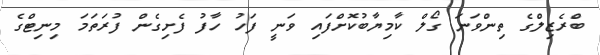
ބްރެޒިލްގެ ތިންވަނަ ގޯލް ކާމިޔާބުކޮށްފައި ވަނީ ފަހު ހާފު ފެށިގެން ފުރަތަމަ މިނިޓްގެ